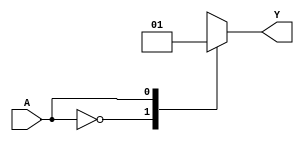
module kmap_single_variable (
    input wire A,  // Input variable
    output reg Y   // Output variable
);

// Parameters for the K-map (you can change these values as needed)
parameter f0 = 1'b0; // Output when A = 0
parameter f1 = 1'b1; // Output when A = 1

always @* begin
    case (A)
        1'b0: Y = f0; // When A is 0, assign f(0)
        1'b1: Y = f1; // When A is 1, assign f(1)
        default: Y = 1'b0; // Default case (should never occur for 1-bit input)
    endcase
end

endmodule